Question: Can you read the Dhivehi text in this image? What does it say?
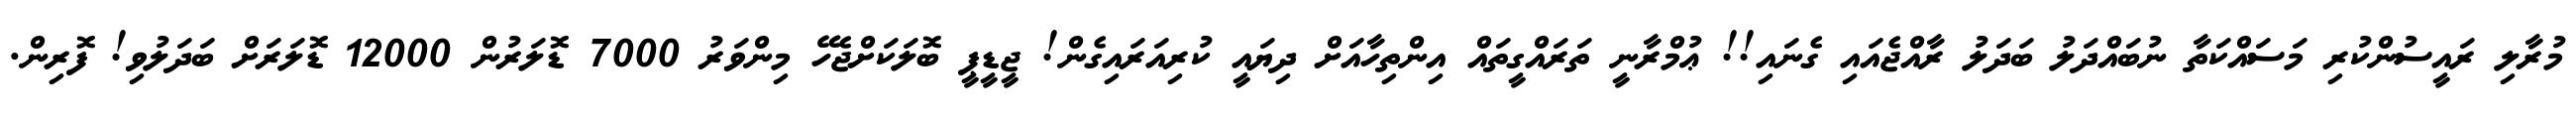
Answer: މުރާލި ރައީސުންކުރި މަސައްކަތާ ނުބައްދަލު ބަދަލު ރާއްޖެއައި ގެނައި!! ޢުމްރާނީ ތަރައްގީތައް އިންތިހާއަށް ދިޔައީ ކުރިއަރައިގެން! ޖީޑީޕީ ބޮލަކަށްޖެހޭ މިންވަރު 7000 ޑޮލަރުން 12000 ޑޮލަރަށް ބަދަލުވި! ފޮރިން.